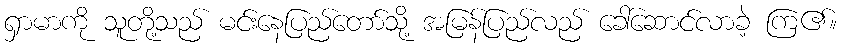
ရှာမာကို သူတို့သည် မင်းနေပြည်တော်သို့ အမြန်ပြည်လည် ခေါ်ဆောင်လာခဲ့ ကြ၏။